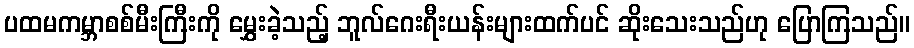
ပထမကမ္ဘာစစ်မီးကြီးကို မွှေးခဲ့သည့် ဘူလ်ဂေးရီးယန်းများထက်ပင် ဆိုးသေးသည်ဟု ပြောကြသည်။